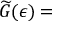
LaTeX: \widetilde G ( \epsilon ) =